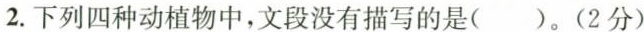
2.下列四种动植物中，文段没有描写的是()。(2分)